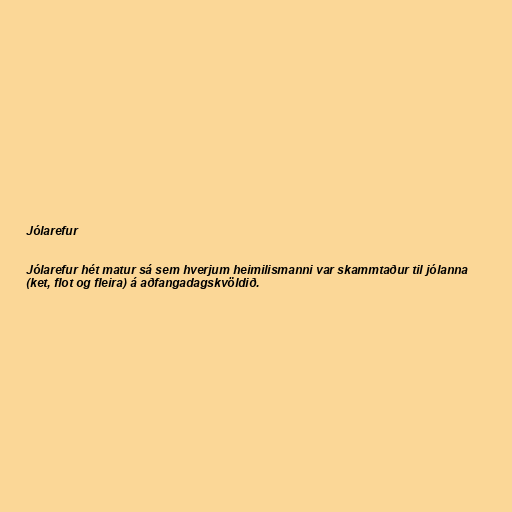
Jólarefur

Jólarefur hét matur sá sem hverjum heimilismanni var skammtaður til jólanna
(ket, flot og fleira) á aðfangadagskvöldið.